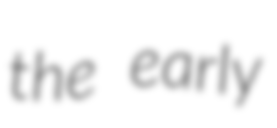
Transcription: the early